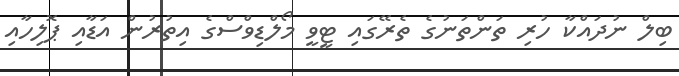
ބިލް ނުދައްކާ ހުރި ތަންތަނުގެ ތެރޭގައި ޓީވީ މޯލްޑިވްސްގެ އިތުރުން އަޑާއި ޕޮލިހާއި